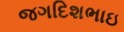
જગદિશભાઇ